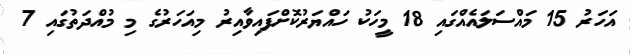
އަހަރު 15 މައްސަލައެއްގައި 18 މީހަކު ހައްޔަރުކޮށްފައިވާއިރު މިއަހަރުގެ މި މުއްދަތުގައި 7